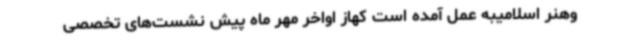
وهنر اسلامیبه عمل آمده است کهاز اواخر مهر ماه پیش نشست‌های تخصصی